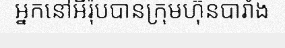
អ្នកនៅអឺរ៉ុបបានក្រុមហ៊ុនបារាំង